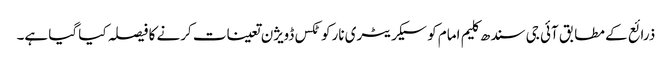
ذرائع کے مطابق آئی جی سندھ کلیم امام کو سیکریٹری نارکوٹکس ڈویژن تعینات کرنے کا فیصلہ کیا گیا ہے۔